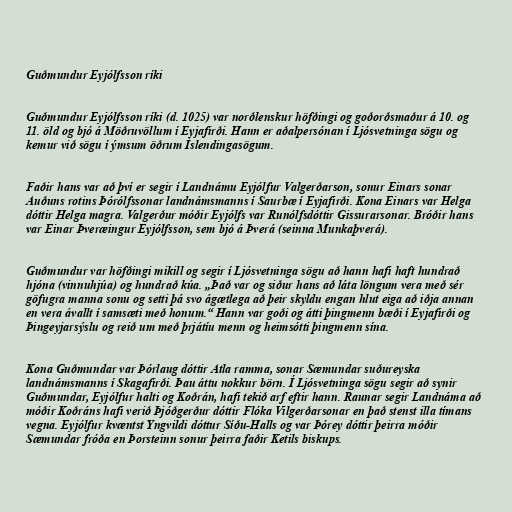
Guðmundur Eyjólfsson ríki

Guðmundur Eyjólfsson ríki (d. 1025) var norðlenskur höfðingi og goðorðsmaður á 10. og
11. öld og bjó á Möðruvöllum í Eyjafirði. Hann er aðalpersónan í Ljósvetninga sögu og
kemur við sögu í ýmsum öðrum Íslendingasögum.

Faðir hans var að því er segir í Landnámu Eyjólfur Valgerðarson, sonur Einars sonar
Auðuns rotins Þórólfssonar landnámsmanns í Saurbæ í Eyjafirði. Kona Einars var Helga
dóttir Helga magra. Valgerður móðir Eyjólfs var Runólfsdóttir Gissurarsonar. Bróðir hans
var Einar Þveræingur Eyjólfsson, sem bjó á Þverá (seinna Munkaþverá).

Guðmundur var höfðingi mikill og segir í Ljósvetninga sögu að hann hafi haft hundrað
hjóna (vinnuhjúa) og hundrað kúa. „Það var og siður hans að láta löngum vera með sér
göfugra manna sonu og setti þá svo ágætlega að þeir skyldu engan hlut eiga að iðja annan
en vera ávallt í samsæti með honum.“ Hann var goði og átti þingmenn bæði í Eyjafirði og
Þingeyjarsýslu og reið um með þrjátíu menn og heimsótti þingmenn sína.

Kona Guðmundar var Þórlaug dóttir Atla ramma, sonar Sæmundar suðureyska
landnámsmanns í Skagafirði. Þau áttu nokkur börn. Í Ljósvetninga sögu segir að synir
Guðmundar, Eyjólfur halti og Koðrán, hafi tekið arf eftir hann. Raunar segir Landnáma að
móðir Koðráns hafi verið Þjóðgerður dóttir Flóka Vilgerðarsonar en það stenst illa tímans
vegna. Eyjólfur kvæntst Yngvildi dóttur Síðu-Halls og var Þórey dóttir þeirra móðir
Sæmundar fróða en Þorsteinn sonur þeirra faðir Ketils biskups.